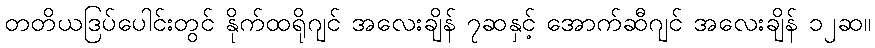
တတိယဒြပ်ပေါင်းတွင် နိုက်ထရိုဂျင် အလေးချိန် ၇ဆနှင့် အောက်ဆီဂျင် အလေးချိန် ၁၂ဆ။